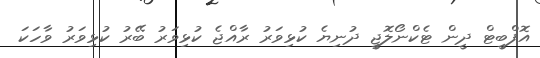
އޮފްބީޓް ދީން ޓެކްނޯލޮޖީ ދުނިޔެ ކުޅިވަރު ރާއްޖެ ކުޅިވަރު ބޭރު ކުޅިވަރު ވާހަކަ